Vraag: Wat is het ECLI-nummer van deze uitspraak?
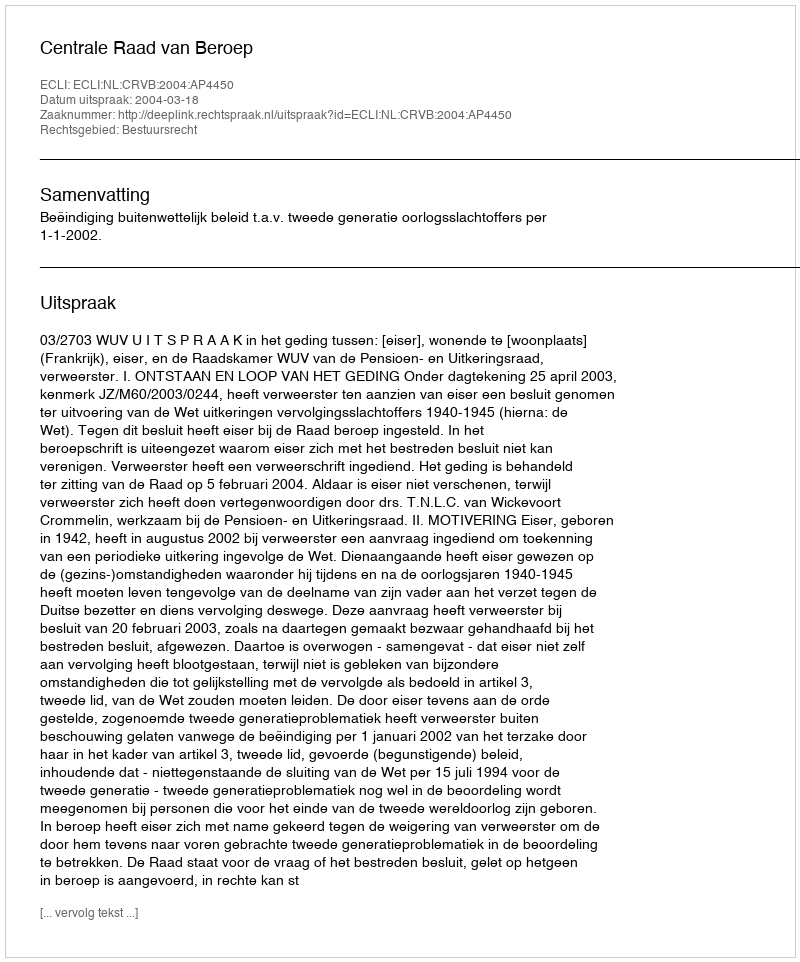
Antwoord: ECLI:NL:CRVB:2004:AP4450